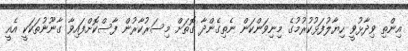
އިންތި ވިދާޅުވީ ހިޔާލުފަޅުކުރުމުގެ މިނިވަންކަން ނެތިގެންދާ ގޮތަށް މިސަރުކާރުން ފާސްކޮށްފައިވާ ގާނޫނުތަކަކީ އެއީ